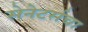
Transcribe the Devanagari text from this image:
सेनेटर्सचा